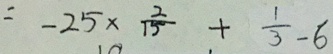
= - 2 5 \times \frac { 2 } { 1 5 } + \frac { 1 } { 3 } - 6